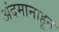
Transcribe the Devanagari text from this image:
अंदमानाहून